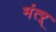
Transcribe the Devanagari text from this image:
मंत्ऱ्